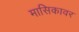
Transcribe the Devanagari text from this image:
मासिकावर